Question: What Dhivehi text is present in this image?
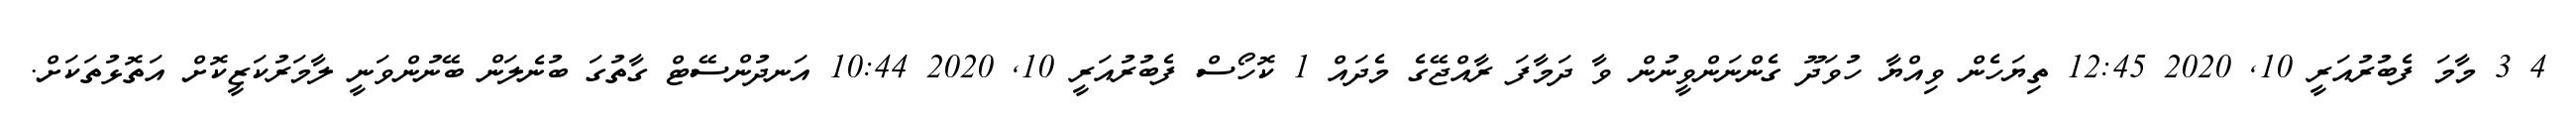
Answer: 4 3 މާމަ ފެބުރުއަރީ 10, 2020 12:45 ތިޔަހެން ވިއްޔާ ހުވަދޫ ގެންނަންވީނުން ވާ ދަމާފަ ރާއްޖޭގެ މެދައް 1 ކޮހޯސް ފެބުރުއަރީ 10, 2020 10:44 އަނދުންސޭޓް ގާތުގަ ބުނެލަން ބޭނުންވަނީ ލާމަރުކަޒީކޮށް އަތޮޅުތަކަށް.